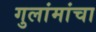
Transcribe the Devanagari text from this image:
गुलांमांचा